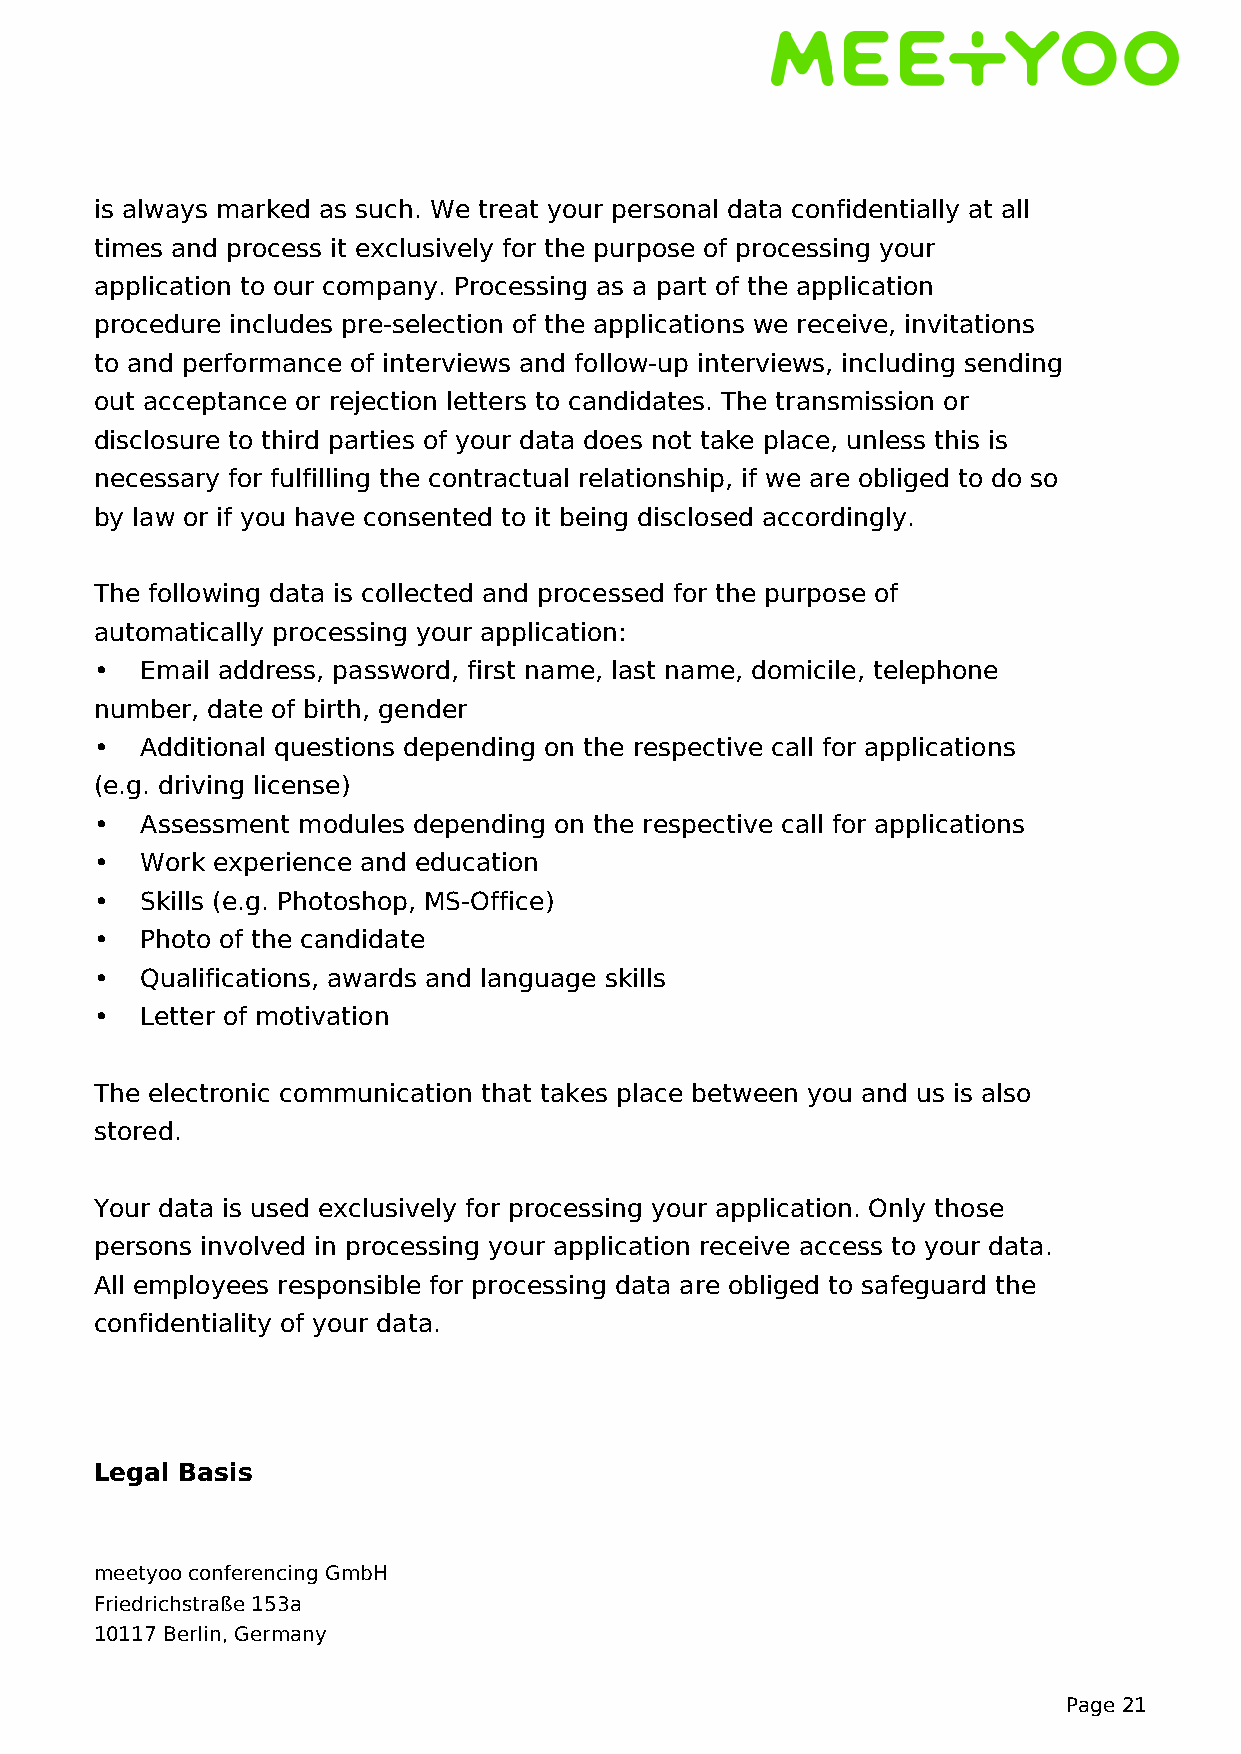
is always marked as such. We treat your personal data confidentially at all
 times and process it exclusively for the purpose of processing your
 application to our company. Processing as a part of the application
 procedure includes pre-selection of the applications we receive, invitations
 to and performance of interviews and follow-up interviews, including sending
 out acceptance or rejection letters to candidates. The transmission or
 disclosure to third parties of your data does not take place, unless this is
 necessary for fulfilling the contractual relationship, if we are obliged to do so
 by law or if you have consented to it being disclosed accordingly.
 The following data is collected and processed for the purpose of
 automatically processing your application:
 •  Email address, password, first name, last name, domicile, telephone
 number, date of birth, gender
 •  Additional questions depending on the respective call for applications
 (e.g. driving license)
 •  Assessment modules depending on the respective call for applications
 •  Work experience and education
 •  Skills (e.g. Photoshop, MS-Office)
 •  Photo of the candidate
 •  Qualifications, awards and language skills
 •  Letter of motivation
 The electronic communication that takes place between you and us is also
 stored.
 Your data is used exclusively for processing your application. Only those
 persons involved in processing your application receive access to your data.
 All employees responsible for processing data are obliged to safeguard the
 confidentiality of your data.
 Legal Basis
 meetyoo conferencing GmbH
 Friedrichstraße 153a
 10117 Berlin, Germany
 Page 21